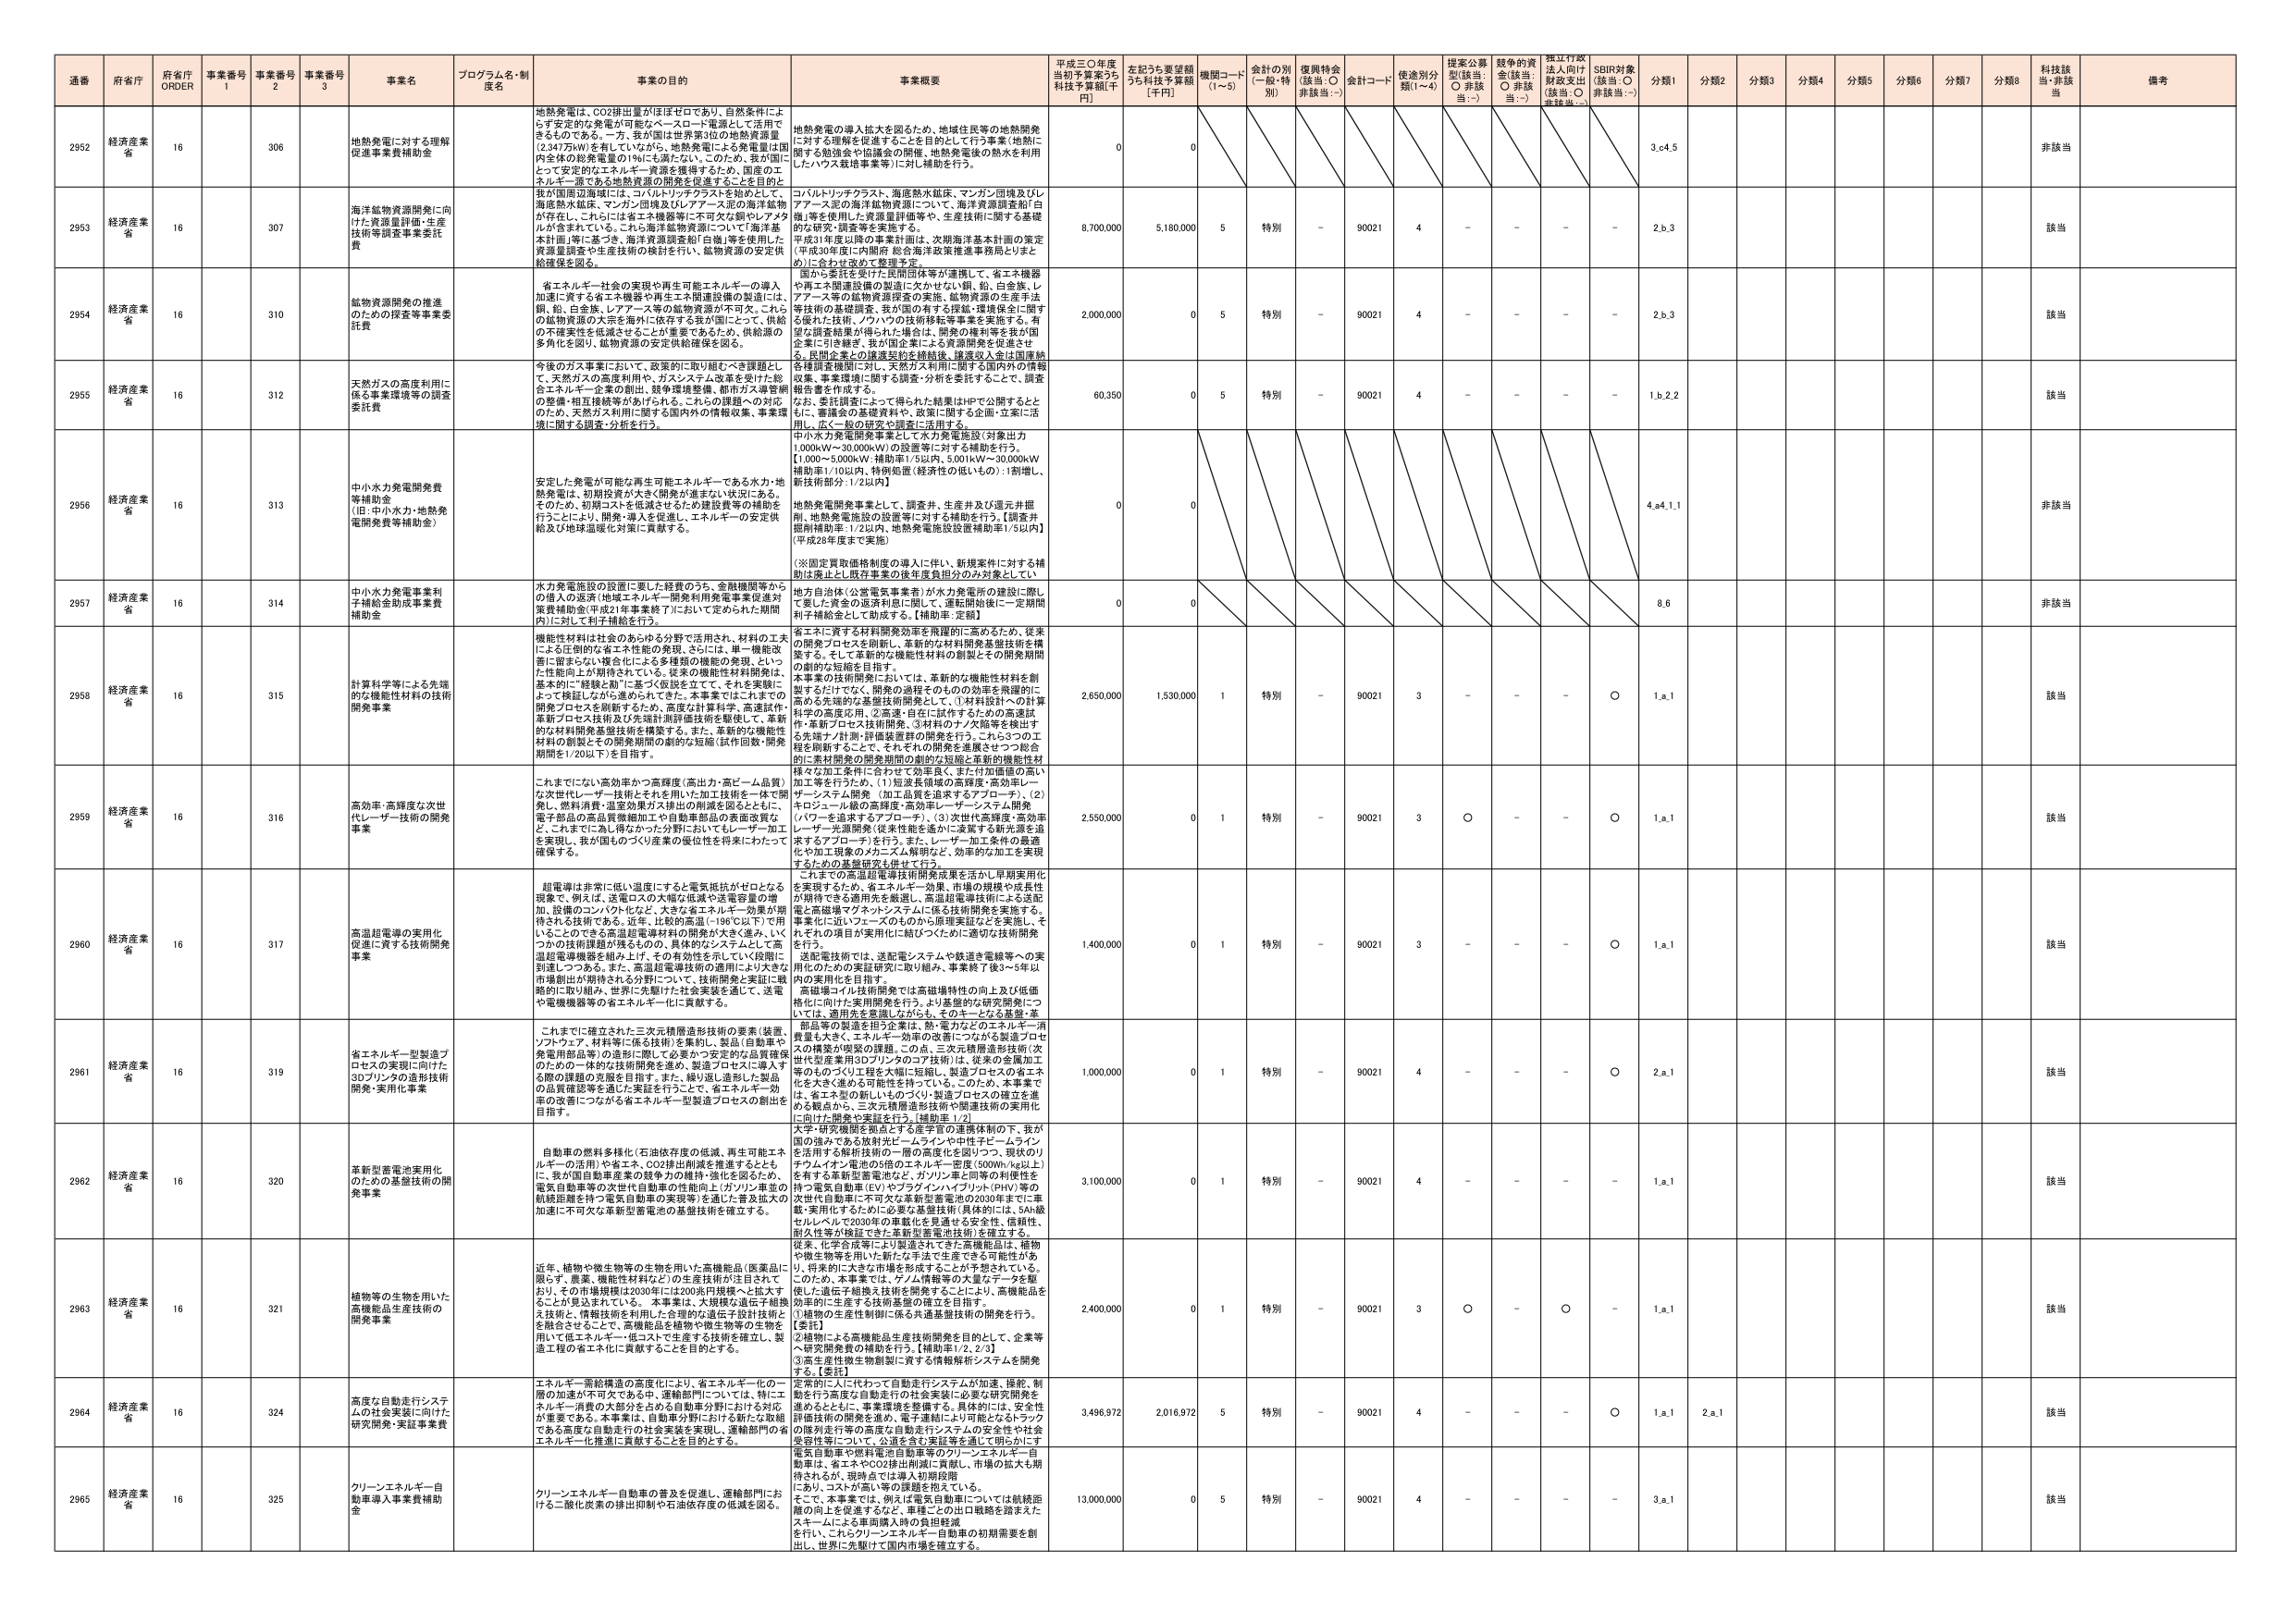
通番 府省庁 府省庁 ORDER 事業番号 1 事業番号 2 事業番号 3 事業名 プログラム名・制度名 事業の目的 事業概要 平成三〇年度当初予算案うち 科技予算額[千円] 左記うち要望額うち科技予算額 [千円] 機関コード (1~5) 金計の別 (一般・特別) 復興特金 (該当:○ 非該当:－) 金計コード 使途別分類(1~4) 提案公募型(該当: ○ 非該当:－) 越年の資金(該当: ○ 非該当:－) 採択行政法入向け財政支出(該当:○ 非該当:－) SDBI対象(該当:○ 非該当:－) 分類1 分類2 分類3 分類4 分類5 分類6 分類7 分類8 科技該当 備考

2952 経済産業省 16 306 地熱発電に対する理解促進事業費補助金 地熱発電は、CO2排出量がほぼゼロであり、自然条件によらず安定的な発電が可能なベースロード電源として活用できるものである。一方、我が国は世界第3位の地熱資源量（2,347万kW）を有しているが、地熱発電に用いる発電量は国内全体の総発電量の1％にも満たない。このため、我が国にとって安定的なエネルギー資源を獲得するため、国産のエネルギー源である地熱資源の開発を促進することを目的とし、我が国周辺海域には、コルルリッチクラスト、海底熱水鉱床、マンガノ団塊及びレアアース系の海洋鉱物等が存在し、これらには希土類やレアメタルが含まれている。これら海洋鉱物資源について「海洋基本計画」等に基づき、海洋資源調査船「日章」等を使用した資源量調査や生産技術の検討を行い、鉱物資源の安定供給確保を図る。 地熱発電の導入拡大を図るため、地域住民等の地熱開発に対する理解を促進することを目的として行う事業（地熱に関する勉強会や協議会の開催、地熱発電後の熱水を利用したハウス栽培事業等）に対し補助を行う。 0 0

2953 経済産業省 16 307 海洋鉱物資源開発に向けた資源量評価・生産技術等調査事業委託費 コルルリッチクラスト、海底熱水鉱床、マンガノ団塊及びレアアース系の海洋鉱物資源について、海洋資源調査船「日章」等を使用した資源量評価等や、生産技術に関する基礎的な研究・調査等を実施する。 平成31年度以降の事業計画は、次期海洋基本計画の策定（平成30年度に内閣府 総合海洋政策推進事務局とりまとめ）に合わせ改めて整理予定。 8,700,000 5,180,000 5 特別 - 90021 4 - - - - 2,b,3 該当

2954 経済産業省 16 310 鉱物資源開発の推進のための調査等事業委託費 省エネルギー社会の実現や再生可能エネルギーの導入加速に資する省エネ機器や再生エネ関連設備の製造には、銅、鉛、石炭、レアアース等の鉱物資源が不可欠。これらの鉱物資源の大部分を海外に依存する我が国にとって、供給の不確実性を低減させることが重要であるため、供給源の多角化を図り、鉱物資源の安定供給確保を図る。 国から委託を受けた民間団体等が連携して、省エネ機器や再生エネ関連設備の製造に欠かせない銅、鉛、白金族、レアアース等の鉱物資源探査の実施、鉱物資源の生産手法等技術の基礎調査、我が国のすなわち持続・環境保全に関する優れた技術、ノウハウの技術移転等事業を実施する。有望な調査結果が得られた場合は、開発の権利等を我が国企業に引き継ぎ、我が国企業による資源開発を促進させる。民間企業との調査委託を積極的、継続収入を含む調査結果を調査機関に割り、天然ガス利用に関する国内外の情報収集、事業環境に関する調査・分析を委託することで、調査報告書を作成する。 2,000,000 0 5 特別 - 90021 4 - - - - 2,b,3 該当

2955 経済産業省 16 312 天然ガスの高度利用に係る事業環境等の調査委託費 今後のガス事業において、政策的に取り組むべき課題として、天然ガスの高度利用や、ガスシステム改革を受けた総合エネルギー企業の創出、競争環境整備、都市ガス導管網の整備・相互接続等が挙げられる。これらの課題への対応のため、天然ガス利用に関する国内外の情報収集、事業環境に関する調査・分析を行う。 なお、委託調査によって得られた結果はHPで公開するとともに、審議会の基礎資料や、政策に関する企画・立案に活用し、広く一般の研究や調査に活用する。 60,350 0 5 特別 - 90021 4 - - - - 1,b,2,2 該当

2956 経済産業省 16 313 中小水力発電開発費等補助金 （旧・中小水力・地熱発電開発費等補助金） 安定した発電が可能な再生可能エネルギーである水力・地熱発電は、初期投資が大きく開発が進まない状況にある。そのため、初期コストを低減させるため建設費等の補助を行うことにより、開発・導入を促進し、エネルギーの安定供給及び地球温暖化対策に貢献する。 中小水力発電開発事業として水力発電施設（対象出力1,000kW～30,000kW）の設置等に対する補助を行う。 【1,000～5,000kW：補助率1/5以内、5,001kW～30,000kW補助率1/10以内、特例処置（経済性の低いもの）：1割増し、新技術部分：1/2以内】 地熱発電開発事業として、調査井、生産井及び還元井掘削、地熱発電施設の設置等に対する補助を行う。【調査井掘削補助率：1/2以内、地熱発電施設設置補助率1/3以内】（平成28年度まで実施） （※固定買取価格制度の導入に伴い、新規案件に対する補助は廃止し、既存事業の後年度負担分のみ対象としている） 0 0 4,a4,1,1 非該当

2957 経済産業省 16 314 中小水力発電事業利子補給金制度事業費補助金 水力発電施設の設置に要した経費のうち、金融機関等からの借入の返済（地場エネルギー開発利用事業費促進対策費補助金に平成21年事業終了）において定められた期間内に対して利子補給を行う。 地方自治体（公営電気事業者）が水力発電所の建設に際して要した資金の返済利息に関して、還元開始後に一定期間利子補給金として助成する。【補助率：定額】 0 0 8,6 非該当

2958 経済産業省 16 315 計算科学等による先端的な機能性材料の技術開発事業 機能性材料は社会のあらゆる分野で活用され、材料の工夫による圧倒的な省エネ性能の発現、さらには、単一機能改善に留まらない複合化による多様な機能の発現、といった性能向上が期待されている。従来の機能性材料開発は、基本的に「経験と勘」に基づく仮説を立てて、それを実験によって検証しながら進められてきた。本事業ではこれまでの開発プロセスを刷新するため、高度な計算科学、高速試作、革新プロセス技術及び先端計測評価技術を駆使して、革新的な材料開発基盤技術を構築する。また、革新的な機能性材料の創製とその開発期間の劇的な短縮（試作回数・開発期間1/2以下）を目指す。 省エネに資する材料開発効率を飛躍的に高めるため、従来の開発プロセスを刷新し、革新的な材料開発基盤技術を構築する。そして革新的な機能性材料の創製とその開発期間の劇的な短縮を目指す。 本事業の技術開発においては、革新的な機能性材料を創製するだけでなく、開発の過程そのものの効率を飛躍的に高める先端的な基盤技術開発として、①材料設計への計算科学の高度応用、②高速・自在に試作するための高速試作・革新プロセス技術開発、③材料のナノ次階層を検出する先端ナノ計測・評価装置群の開発を行う。これら3つの工程を刷新することで、それぞれの開発を連携させつつ総合的に素材開発の開発期間の劇的な短縮と革新的機能性材料な加工条件に合わせて効率良く、また付加価値の高い加工等を行うため、（1）短波長領域の高輝度・高効率レーザー・システム開発（加工品質を追求するアプローチ）、（2）キロジュール級の高輝度・高効率レーザーシステム開発（パワーを追求するアプローチ）、（3）次世代高輝度・高効率レーザー光源開発（従来性能を遥かに凌駕する新光源を追求するアプローチ）を行う。また、レーザー加工条件の最適化や加工現象のメカニズム解明など、効率的な加工を実現するための基盤研究も併せて行う。 2,650,000 1,530,000 1 特別 - 90021 3 - - - ○ 1,a,1 該当

2959 経済産業省 16 316 高効率・高輝度な次世代レーザー技術の開発事業 これまでにない高効率かつ高輝度（高出力・高ビーム品質）な次世代レーザー技術とそれを用いた加工技術を一体で開発し、燃料消費・温室効果ガス排出の削減を図るとともに、電子部品の高品質微細加工や自動車部品の表面改質など、これまでに為し得なかった分野においてもレーザー加工を実現し、我が国ものづくり産業の優位性を将来にわたって確保する。 2,550,000 0 1 特別 - 90021 3 ○ - - ○ 1,a,1 該当

2960 経済産業省 16 317 高温超電導の実用化促進に資する技術開発事業 超電導は非常に低い温度にすると電気抵抗がゼロとなる現象で、例えば、送電ロスの大幅削減や送電容量の増加、設備のコンパクト化など、大きな省エネルギー効果が期待される技術である。近年、比較的高温（-196℃以下）で用いることができる高温超電導材料の開発が大きく進み、いくつかの技術課題が残るものの、具体的なシステムとして高温超電導機器を組み上げ、その有効性を示す（1～2年間）到達しつつある。また、高温超電導技術の適用により大きな市場創出が期待される分野について、技術開発と実証に戦略的に取り組み、世界に先駆けた社会実装を通じて、送電や電機機器等の省エネルギー化に貢献する。 これらの高温超電導技術開発成果を活かし早期実用化を実現するため、省エネルギー効果、市場の規模や成長性が期待できる適用先を厳選し、高温超電導技術による送配電と高磁場マグネットシステムに係る技術開発を実施する。事業化に近いフェーズのものから原理実証などを実施し、それぞれの項目が実用化に結びつくために適切な技術開発を行う。 送配電技術では、送配電システムや鉄道き電線等への実用化のための実証研究に取り組み、事業終了後3～5年以内の実用化を目指す。 高磁場コイル技術開発では高磁場特性の向上及び低価格化に向けた実用開発を行う。より基盤的な研究開発については、適用先を意識しながら、そのキーとなる基盤・革 1,400,000 0 1 特別 - 90021 3 - - - ○ 1,a,1 該当

2961 経済産業省 16 319 省エネルギー型製造プロセスの実現に向けた3Dプリンタの造形技術開発・実用化事業 これまでに確立された三次元積層造形技術の要素（装置、ソフトウェア、材料等に係る技術）を集約し、製品（自動車や発電用部品等）の造形に際して必要かつ安定的な品質確保のための一体的な技術開発を進め、製造プロセスに導入する際の課題の克服を目指す。また、繰り返し造形した製品の品質確認等を通じた実証を行うことで、省エネルギー効率の改善につながる省エネルギー型製造プロセスの創出を目指す。 部品等の製造を担う企業は、熱・電力などのエネルギー消費量も大きく、エネルギー効率の改善につながる製造プロセスの構築が喫緊の課題。この点、三次元積層造形技術（次世代型産業用3Dプリンタのア技）は、従来の金型加工等のものづくり工程を大幅に短縮し、製造プロセスの省エネ化を大きく進める可能性を持っている。このため、本事業では、省エネ型の新しいものづくり・製造プロセスの確立を進める観点から、三次元積層造形技術や関連技術の実用化に向けた開発や実証を行う。【補助率1/2】 1,000,000 0 1 特別 - 90021 4 - - - ○ 2,a,1 該当

2962 経済産業省 16 320 革新型蓄電池実用化のための基盤技術の開発事業 自動車の燃料多様化（石油依存度の低減、再生可能エネルギーの活用）や省エネ、CO2排出削減を推進するとともに、我が国自動車産業の競争力の維持・強化を図るため、電気自動車等の次世代自動車の性能向上（ガソリン車並の航続距離を持つ電気自動車の実現等）を通じた普及拡大の加速に不可欠な革新型蓄電池の基盤技術を確立する。 大学・研究機関を拠点とする産学官の連携体制の下、我が国の強みである放射光ビームラインや中性子ビームラインを活用する解析技術の一層の高度化を図りつつ、現状のリチウムイオン電池の2倍のエネルギー密度（500Wh/kg以上）を有する革新型蓄電池など、ガソリン車と同等の利便性を持つ電気自動車（EV）やプラグインハイブリッド（PHV）等の次世代自動車に不可欠な革新型蓄電池の2030年までに車載・実用化するために必要な基盤技術（具体的には、5A/級セルレベルで2030年の実装化を見通せる安全性、信頼性、耐久性等が検証できた革新型蓄電池技術）を確立する。 3,100,000 0 1 特別 - 90021 4 - - - - 1,a,1 該当

2963 経済産業省 16 321 植物等の生物を用いた高機能品生産技術の開発事業 近年、植物や微生物等の生物を用いた高機能品（医薬品に限らず、農薬、機能性材料など）の生産技術が注目されており、その市場規模は2030年には200兆円規模へと拡大することが見込まれている。本事業は、大規模な遺伝子組換え技術と、情報技術を併用した合理的な遺伝子設計技術とを融合させることで、高機能品を植物や微生物等の生物を用いて低エネルギー・低コストで生産する技術を確立し、製造工程の省エネ化に貢献することを目的とする。 従来、化学合成等により製造されてきた高機能品は、植物や微生物等を用いた新たな手法で生産できる可能性があり、世界的に大きな市場を形成することが予想されている。このため、本事業では、ゲノム情報等の大量なデータを駆使した遺伝子組換え技術を開発することにより、高機能品を効率的に生産する技術基盤の確立を目指す。 ①植物の生産性制御に係る共通基盤技術の開発を行う。 ②植物による高機能品生産技術開発を目的として、企業等へ研究開発費の補助を行う。【補助率1/2、2/3】 ③高生産性微生物創製に資する情報解析システムを開発する。【委託】 2,400,000 0 1 特別 - 90021 3 ○ - ○ - 1,a,1 該当

2964 経済産業省 16 324 高度な自動走行システムの社会実装に向けた研究開発・実証事業費 エネルギー需給構造の高度化により、省エネルギー化の一層の加速が不可欠である中、運輸部門については、特にエネルギー消費の大部分を占める自動車分野における対応が重要である。本事業は、自動車分野における新たな取組である高度な自動走行の社会実装を実現し、運輸部門の省エネルギー化推進に貢献することを目的とする。 定常的に入り代わって自動走行システムが加速、操舵、制動を行う高度な自動走行の社会実装に必要な研究開発を進めるとともに、事業環境を整備する。具体的には、安全性評価技術の開発を進め、電子連結により可能な6本ラックの個別走行等の高度な自動走行システムの安全性や社会受容性等について、公道を含む実証等を通じて明らかにする。 3,496,972 2,016,972 5 特別 - 90021 4 - - - ○ 1,a,1 2,a,1 該当

2965 経済産業省 16 325 クリーンエネルギー自動車導入事業費補助金 クリーンエネルギー自動車の普及を促進し、運輸部門における二酸化炭素の排出抑制や石油依存度の低減を図る。 電気自動車や燃料電池自動車等のクリーンエネルギー自動車は、省エネやCO2排出削減に貢献し、市場の拡大も期待されるが、現時点では導入初期段階であり、コストが高い等の課題を抱えている。そこで、本事業では、例えば電気自動車については航続距離の向上を促進するなど、車種ごとの出口戦略を踏まえたスケールによる車両購入時の負担軽減を行い、これによりクリーンエネルギー自動車の初期需要を創出し、世界に先駆けて国内市場を確立する。 13,000,000 0 5 特別 - 90021 4 - - - - 3,a,1 該当